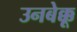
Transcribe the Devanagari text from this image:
उनबेक्कू